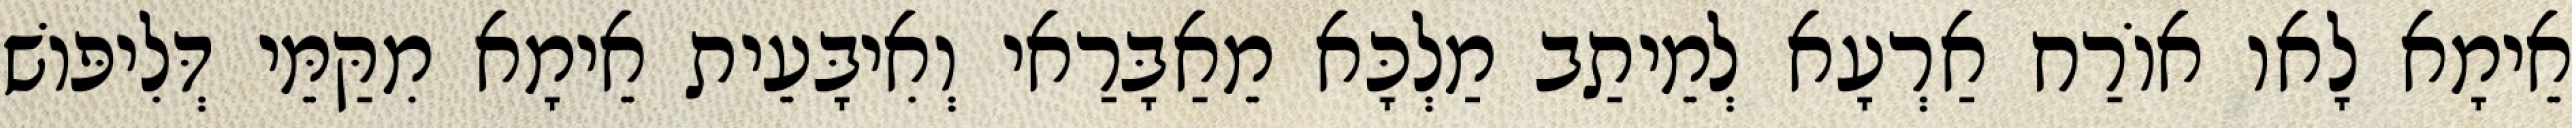
אֵימָא לָאו אוֹרַח אַרְעָא לְמֵיתַב מַלְכָּא מֵאַבָּרַאי וְאִיבָּעֵית אֵימָא מִקַּמֵּי דְּלִיפּוֹשׁ